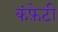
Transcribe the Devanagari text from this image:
कंफ़ेटी